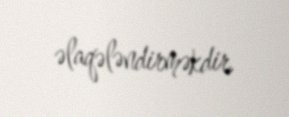
əlaqələndirməkdir.